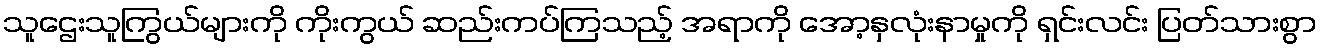
သူဌေးသူကြွယ်များကို ကိုးကွယ် ဆည်းကပ်ကြသည့် အရာကို အော့နှလုံးနာမှုကို ရှင်းလင်း ပြတ်သားစွာ